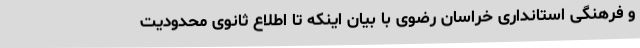
و فرهنگی استانداری خراسان رضوی با بیان اینکه تا اطلاع ثانوی محدودیت